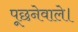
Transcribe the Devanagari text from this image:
पूछनेवाले।